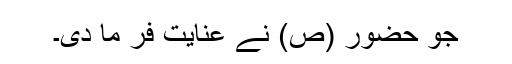
جو حضور (ص) نے عنایت فر ما دی۔